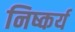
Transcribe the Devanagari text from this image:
निष्कर्य